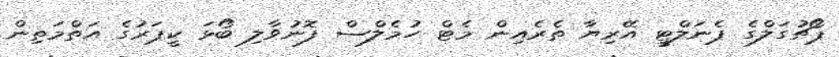
ޕޯޗުގަލްގެ ޕެނަލްޓީ އޭރިޔާ ތެރެއިން މެޓް ހުމެލްސް ފޮނުވާލި ބޯޅަ ކީޕަރުގެ އަތްމަތިން